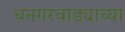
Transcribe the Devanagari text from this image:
धनगरवाड्याच्या